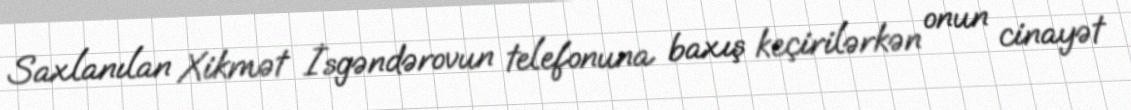
Saxlanılan Xikmət İsgəndərovun telefonuna baxış keçirilərkən onun cinayət